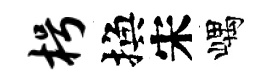
枵換宋嵎